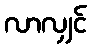
လာလျှင်